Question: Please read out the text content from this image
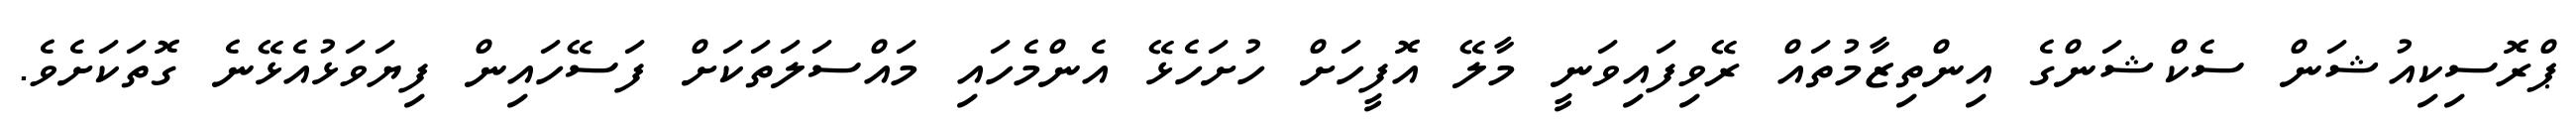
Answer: ޕްރޮސިކިއުޝަން ސެކްޝަންގެ އިންތިޒާމުތައް ރޭވިފައިވަނީ މާލޭ އޮފީހަށް ހުށަހެޅޭ އެންމެހައި މައްސަލަތަކަށް ފަސޭހައިން ފިޔަވަޅުއެޅޭނެ ގޮތަކަށެވެ.